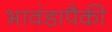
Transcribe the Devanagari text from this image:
भावंडापैकी